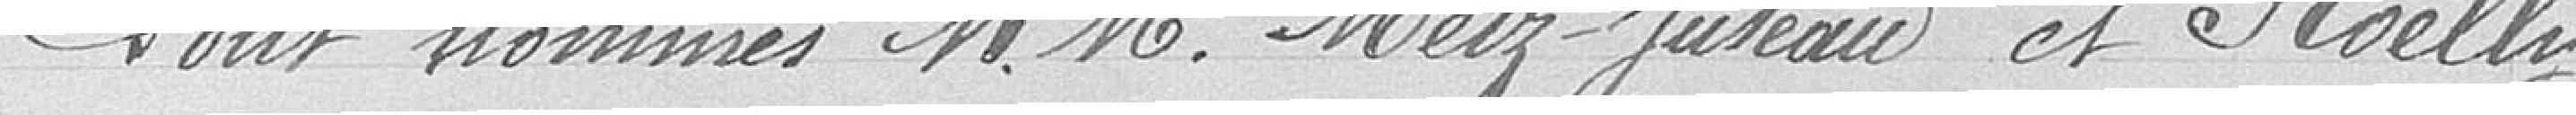
Sont nommés Messieurs MERTZ-JUSTEAU et ROELLY